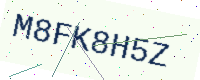
Text: M8FK8H5Z